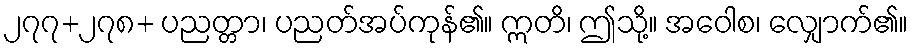
၂၇၇+၂၇၈+ ပညတ္တာ၊ ပညတ်အပ်ကုန်၏။ ဣတိ၊ ဤသို့။ အဝေါစ၊ လျှောက်၏။